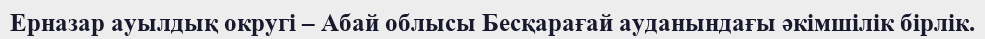
Ерназар ауылдық округі – Абай облысы Бесқарағай ауданындағы әкімшілік бірлік.